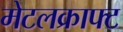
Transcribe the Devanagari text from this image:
मेटलक्राफ्ट